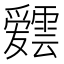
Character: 𮦸